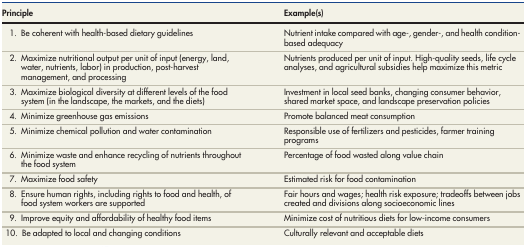
| Principle | Example(s) |
 | --- | --- |
 | 1.Be coherent with health-based dietary guidelines | Nutrient intake compared with age-, gender-, and health condition-based adequacy |
 | 2.Maximize nutritional output per unit of input (energy, land, water, nutrients, labor) in production, post-harvest management, and processing | Nutrients produced per unit of input. High-quality seeds, life cycle analyses, and agricultural subsidies help maximize this metric |
 | 3.Maximize biological diversity at different levels of the food system (in the landscape, the markets, and the diets) | Investment in local seed banks, changing consumer behavior, shared market space, and landscape preservation policies |
 | 4.Minimize greenhouse gas emissions | Promote balanced meat consumption |
 | 5.Minimize chemical pollution and water contamination | Responsible use of fertilizers and pesticides, farmer training programs |
 | 6.Minimize waste and enhance recycling of nutrients throughout the food system | Percentage of food wasted along value chain |
 | 7.Maximize food safety | Estimated risk for food contamination |
 | 8.Ensure human rights, including rights to food and health, of food system workers are supported | Fair hours and wages; health risk exposure; tradeoffs between jobs created and divisions along socioeconomic lines |
 | 9.Improve equity and affordability of healthy food items | Minimize cost of nutritious diets for low-income consumers |
 | 10.Be adapted to local and changing conditions | Culturally relevant and acceptable diets |